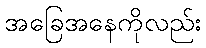
အခြေအနေကိုလည်း